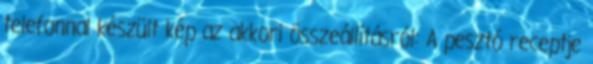
telefonnal készült kép az akkori összeállításról: A pesztó receptje